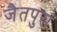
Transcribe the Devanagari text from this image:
जैतपुरा